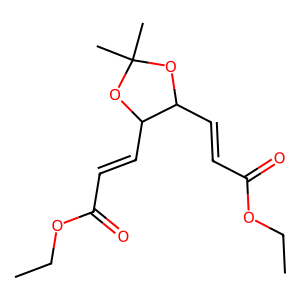
SMILES: CCOC(=O)C=CC1OC(C)(C)OC1C=CC(=O)OCC
Inhibits HIV replication: No